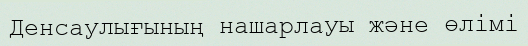
Денсаулығының нашарлауы және өлімі